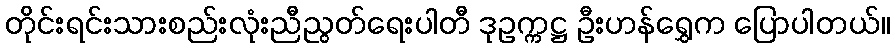
တိုင်းရင်းသားစည်းလုံးညီညွတ်ရေးပါတီ ဒုဥက္ကဋ္ဌ ဦးဟန်ရွှေက ပြောပါတယ်။